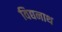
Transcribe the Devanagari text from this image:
विद्यनाथ